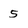
Character: 5